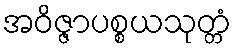
အဝိဇ္ဇာပစ္စယသုတ္တံ